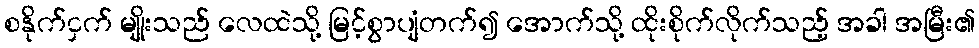
စနိုက်ငှက် မျိုးသည် လေထဲသို့ မြင့်စွာပျံတက်၍ အောက်သို့ ထိုးစိုက်လိုက်သည့် အခါ အမြီး၏